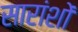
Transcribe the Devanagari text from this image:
सारांशों